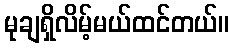
မုချရှိလိမ့်မယ်ထင်တယ်။